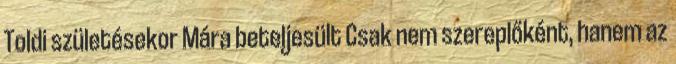
Toldi születésekor Mára beteljesült Csak nem szereplőként, hanem az